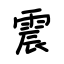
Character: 震